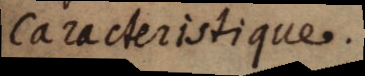
Caracteristique.